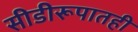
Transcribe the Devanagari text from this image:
सीडीरूपातही